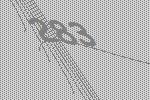
283